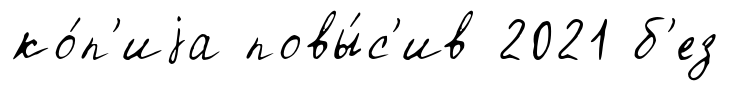
ко́п'иjа повы́с'ив 2021 б'ез